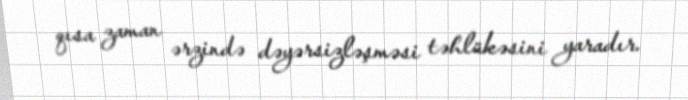
qısa zaman ərzində dəyərsizləşməsi təhlükəsini yaradır.